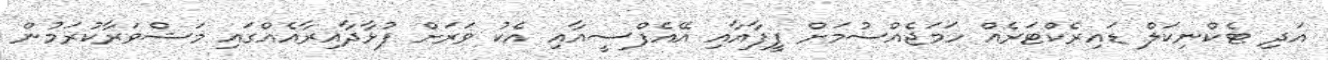
އަދި ޓެކްނިކަލް ޑައިރެކްޓަރެއް ހަމަޖެއްސުމަށް ފީފާއާއި އޭއެފްސީއާއި އެކު ވަރަށް ފުޅާދާއިރާއެއްގައި މަޝްވަރާކުރަމުން